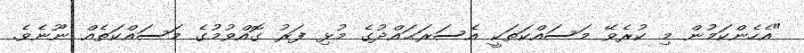
"އެހެންކަމުން މި ކުރެވޭ މަސައްކަތަކީ އެސަރަޙައްދުގެ މުޅި ފަރު ގޮއްވުމުގެ މަސައްކަތެއް ނޫނެވެ.